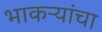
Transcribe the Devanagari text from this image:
भाकऱ्यांचा